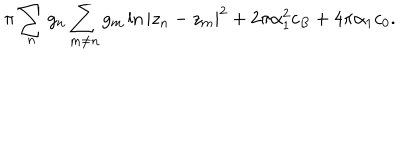
\pi \sum _ { n } g _ { n } \sum _ { m \neq n } g _ { m } \ln | z _ { n } - z _ { m } | ^ { 2 } + 2 \pi \alpha _ { 1 } ^ { 2 } c _ { B } + 4 \pi \alpha _ { 1 } c _ { 0 } .